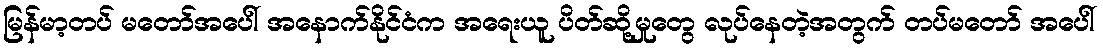
မြန်မာ့တပ် မတော်အပေါ် အနောက်နိုင်ငံက အရေးယူ ပိတ်ဆို့မှုတွေ လုပ်နေတဲ့အတွက် တပ်မတော် အပေါ်